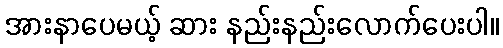
အားနာပေမယ့် ဆား နည်းနည်းလောက်ပေးပါ။